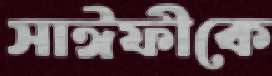
সাঈফীকে